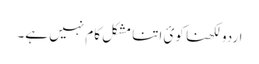
اردو لکھنا کوئ اتنا مشکل کام نہیں ہے۔